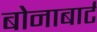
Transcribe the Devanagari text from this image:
बोनाबार्ट